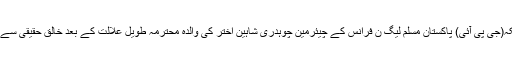
پیرس/ملکہ(جی پی آئی) پاکستان مسلم لیگ ن فرانس کے چیئرمین چوہدری شاہین اختر کی والدہ محترمہ طویل علالت کے بعد خالق حقیقی سے جا ملیں ۔